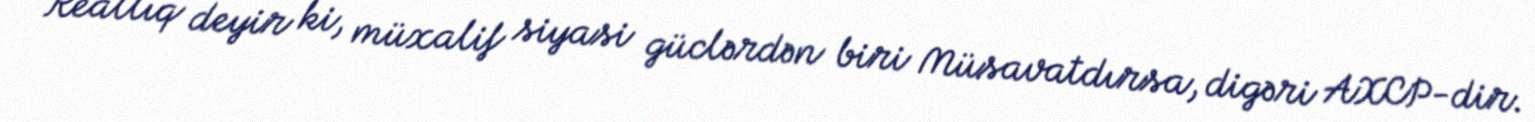
Reallıq deyir ki, müxalif siyasi güclərdən biri Müsavatdırsa, digəri AXCP-dir.